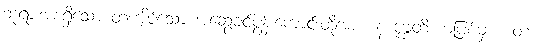
ဘုရားအစရှိသော တကျိပ်သော အဆွေခင်ပွန်းကောင်းတို့အား။ န ဒုဗ္ဘတိ၊ မပြစ်မှား။ တံ